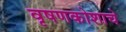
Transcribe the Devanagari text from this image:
वृषणकोशाचे